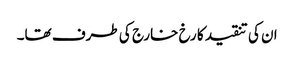
ان کی تنقید کا رخ خارج کی طرف تھا۔